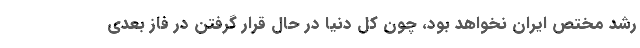
رشد مختص ایران نخواهد بود، چون کل دنیا در حال قرار گرفتن در فاز بعدی